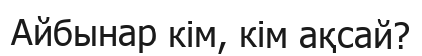
Айбынар кім, кім ақсай?